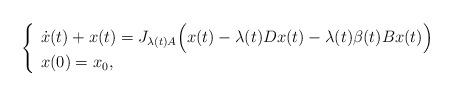
LaTeX: \begin{align*}\left\{\begin{array}{ll}\dot x(t)+x(t)=J_{\lambda(t) A}\Big(x(t)-\lambda(t) D x(t)-\lambda(t)\beta(t) Bx(t)\Big)\\x(0)=x_0,\end{array}\right.\end{align*}